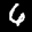
Label: 6